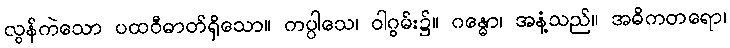
လွန်ကဲသော ပထဝီဓာတ်ရှိသော။ ကပ္ပါသေ၊ ဝါဂွမ်း၌။ ဂန္ဓော၊ အနံ့သည်။ အဓိကတရော၊